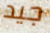
جيد